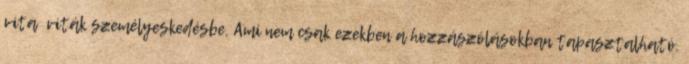
vita viták személyeskedésbe. Ami nem csak ezekben a hozzászólásokban tapasztalható.